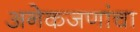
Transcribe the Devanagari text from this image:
अनेकजणांचा